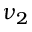
\nu _ { 2 }